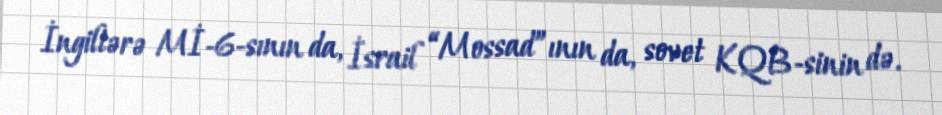
İngiltərə Mİ-6-sının da, İsrail “Mossad”ının da, sovet KQB-sinin də.